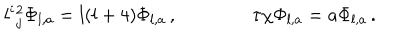
l ^ { i } { } _ { j } ^ { 2 } \Phi _ { l , a } = l ( l + 4 ) \Phi _ { l , a } \, , \qquad \qquad \tau \chi \Phi _ { l , a } = a \Phi _ { l , a } \, .